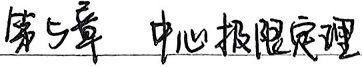
第5章 中心极限定理